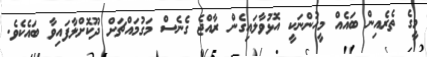
މީގެ ތެރެއިން ބައެއް މީހުންނަކީ އޮޅުވާލައިގެން ރާއްޖެ ގެނެސް މަގުމައްޗަށް ދޫކޮށްލާފައިވާ ބައެކެވެ.